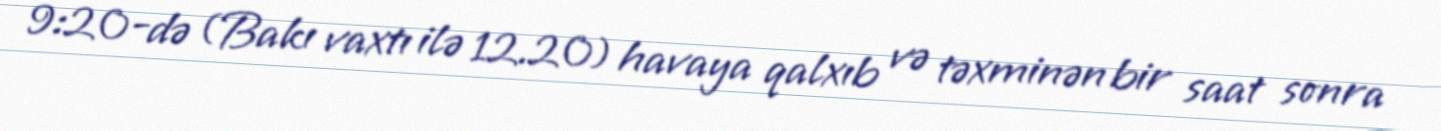
9:20-də (Bakı vaxtı ilə 12.20) havaya qalxıb və təxminən bir saat sonra